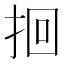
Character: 𫝻